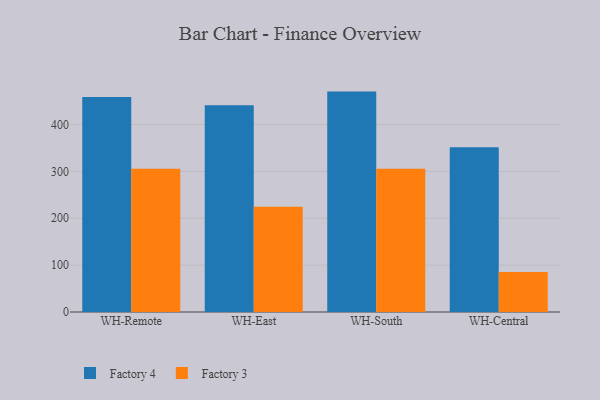
{"axis": {"x": "Warehouse", "y": "Satisfaction Score"}, "legend": ["Factory 3", "Factory 4"], "data": [{"x": "WH-Remote", "y": 459.1, "type": "Factory 4"}, {"x": "WH-Remote", "y": 305.7, "type": "Factory 3"}, {"x": "WH-East", "y": 441.1, "type": "Factory 4"}, {"x": "WH-East", "y": 224.8, "type": "Factory 3"}, {"x": "WH-South", "y": 470.4, "type": "Factory 4"}, {"x": "WH-South", "y": 305.5, "type": "Factory 3"}, {"x": "WH-Central", "y": 351.7, "type": "Factory 4"}, {"x": "WH-Central", "y": 85.3, "type": "Factory 3"}]}